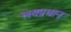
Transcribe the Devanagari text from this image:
लयप्रधान